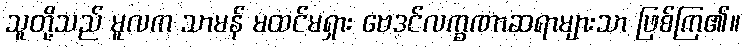
သူတို့သည် မူလက သာမန် မထင်မရှား ဗေဒင်လက္ခဏာဆရာများသာ ဖြစ်ကြ၏။